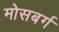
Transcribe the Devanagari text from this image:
मोसबर्ग